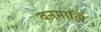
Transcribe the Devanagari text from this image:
वनमालि